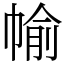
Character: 㡏